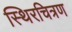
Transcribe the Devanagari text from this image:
स्थिरचित्रण